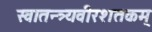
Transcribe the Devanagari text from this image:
स्वातन्त्र्यवीरशतकम्